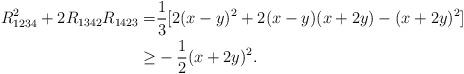
LaTeX: \begin{align*}R_{1234}^2 + 2 R_{1342} R_{1423}=& \frac 13 [ 2(x-y)^2 + 2(x-y)(x+2y) - (x+2y)^2 ]\\\ge& -\frac 12(x+2y)^2 .\\\end{align*}